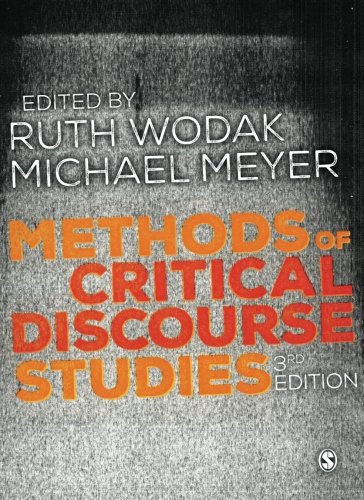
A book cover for Methods of Critical Discourse Studies (Introducing Qualitative Methods series); Reference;